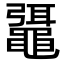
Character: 𪓯